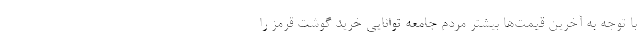
با توجه به آخرین قیمت‌ها بیشتر مردم جامعه توانایی خرید گوشت قرمز را